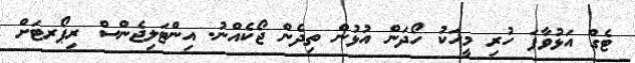
ޓެގް އަޅުވާފަ ހުރި މީހަކު ހޯދަން އުޅުން ތިދެން ޖޯކެއްނު. އިންޓަލިޖެންސް ރިޕޯރޓަށް